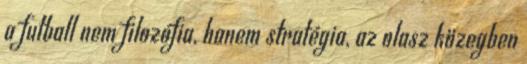
a futball nem filozófia, hanem stratégia, az olasz közegben